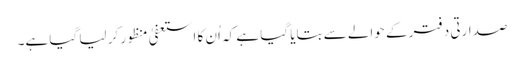
صدارتی دفتر کے حوالے سے بتایا گیا ہے کہ اُن کا استعفیٰ منظور کر لیا گیا ہے۔